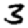
Digit: 3